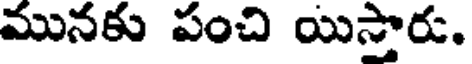
మునకు పంచి యిస్తారు.